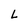
Character: L